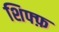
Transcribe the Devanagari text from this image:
शिफ्फ़